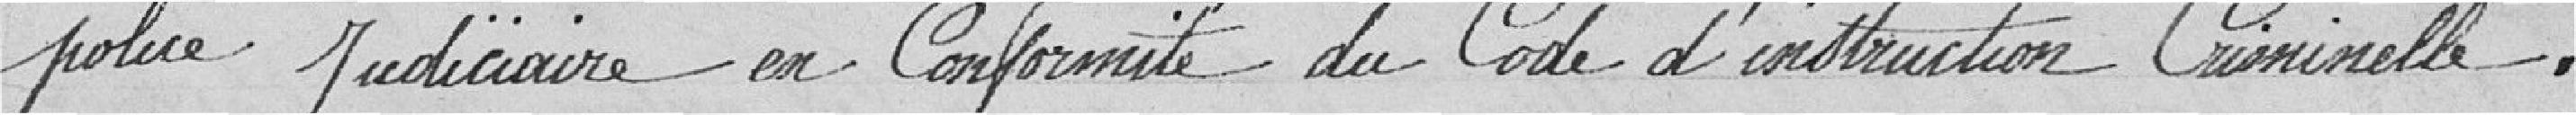
police Judiciaire en Conformité du Code d'instruction Criminelle.